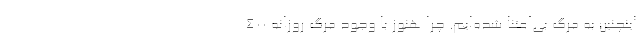
اینچنین به مرگ بی‌اعتنا شده‌ایم. چرا هنوز با وجود مرگ روزانه 400